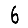
Digit: 6